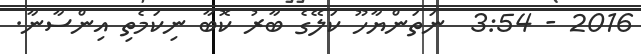
2016 - 3:54  ނަތަންޔާހޫ ކަލޭގެ ބާރު ކޮބާ ނިކަމެތި އިންސާނާ.